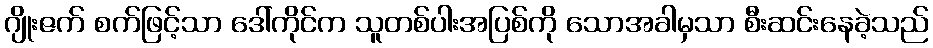
ဂျိုးဇက် စက်ဖြင့်သာ ဒေါ်ကိုင်က သူတစ်ပါးအပြစ်ကို သောအခါမှသာ စီးဆင်းနေခဲ့သည်